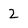
Character: Z